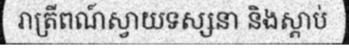
រាត្រីពណ៍ស្វាយទស្សនា និងស្តាប់